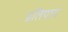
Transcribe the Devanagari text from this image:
प्रतिपाद